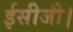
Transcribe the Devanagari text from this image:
ईसीजी।